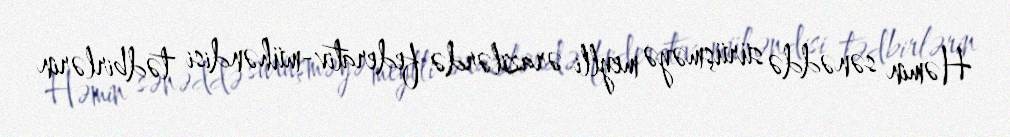
Həmin sənəddə sürüşməyə meylli ərazilərdə federativ-mühəndisi tədbirlərin